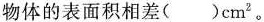
物体的表面积相差( )cm^{2} 。